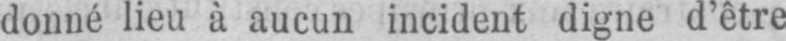
donné lieu à aucun incident digne d’être